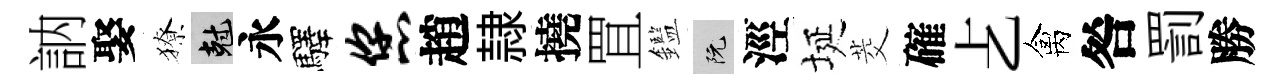
訥娶獠剋永驛您趙隷撓罝鑑阮涇埏茭確𠧒禽咎罰勝